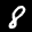
Label: 8